Report of the Imperial Institute of Veterinary Research, Muktesar
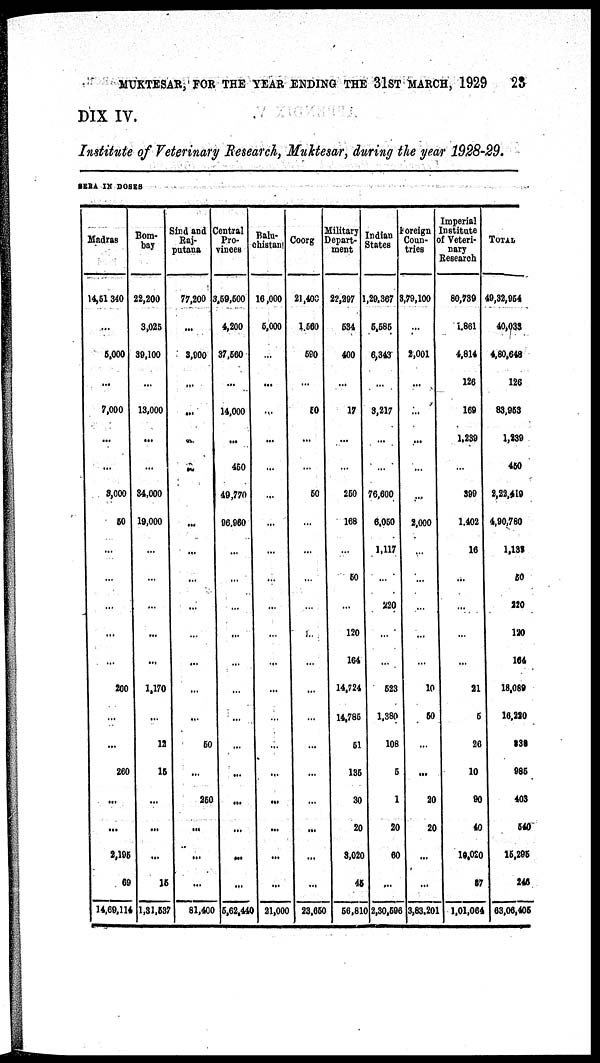
MUKTESAR, FOR THE YEAR ENDING THE 31ST MARCH, 1929 23
DIX IV
Institute of Veterinary Research, Muktesar, during the year 1928-29.
SERA IN DOSES
Madras
14,51340
...
5,000
7,000
3,000
50
...
...
...
200
...
260
...
...
2,195
69
14,69,114
Bom-
bay
22,200
3,025
39,100
13,000
34,000
19,000
...
...
...
1,170
12
15
...
...
...
15
1,31,537
Sind and
Raj¬
putana
77,200
...
3,900
...
...
...
...
...
...
50
...
250
...
...
...
81,400
Central
Pro-
vinces
3,59,600
4,200
37,560
14,000
450
49,770
96,960
...
...
...
...
...
...
...
...
...
...
5,62,440
Balu¬
chistani
16,000
5,000
...
...
...
...
...
...
...
...
...
...
...
...
...
...
...
...
21,000
Coorg
21,400
1,560
590
50
...
...
50
...
...
...
...
...
...
...
...
...
...
...
23,650
Military
Depart¬
ment
22,297
534
400
17
...
...
250
168
50
120
164
14,724
14,785
51
135
30
20
3,020
45
56,810
Indian
States
1,29,367
5,585
6,343
3,217
...
...
76,600
6,050
1,117
220
523
1,380
108
5
1
20
60
...
2,30,596
Foreign
Coun¬
tries
3,79,100
...
2,001
...
...
...
...
2,000
10
50
...
...
20
20
...
...
3,83,201
Imperial
Institute
of Veteri-
nary
Research
80,739
1,861
4,814
126
169
1,239
...
399
1,402
16
21
5
26
10
90
40
10,020
87
1,01,064
TOTAL
49,32,954
40,033
4,80,648
126
83,953
1,239
450
2,22,410
4,90,780
1,133
50
220
120
164
18,089
16,220
830
985
403
540
15,295
246
63,06,405